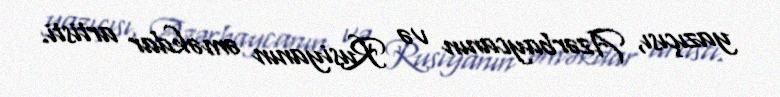
yazıçısı, Azərbaycanın və Rusiyanın əməkdar artisti.